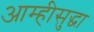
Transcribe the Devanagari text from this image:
आम्हीसुद्धा